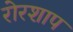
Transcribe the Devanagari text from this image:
रोरशाप